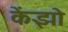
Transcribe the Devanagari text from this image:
केंझो